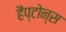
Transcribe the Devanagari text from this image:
हैंप्टोन्स